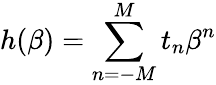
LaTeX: h(\beta)=\sum_{n=-M}^{M}t_{n}\beta^{n}